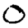
Digit: 0